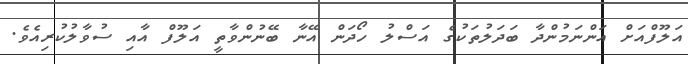
އަލޫފްއަށް އަންނަމުންދާ ބަދަލުތަކުގެ އަސްލު ހޯދަން އޭނާ ބޭނުންވާތީ އަލޫފް އާއި ސުވާލުކުރިއެވެ.